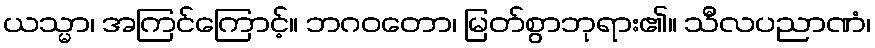
ယသ္မာ၊ အကြင်ကြောင့်။ ဘဂဝတော၊ မြတ်စွာဘုရား၏။ သီလပညာဏံ၊